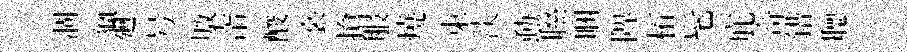
涸獵廻号厫帘酸裳搶服燒束淡動聮睏陴柘髦庇竒錯𦗟